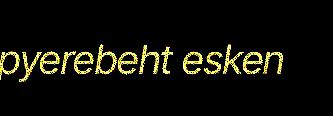
pyerebeht esken